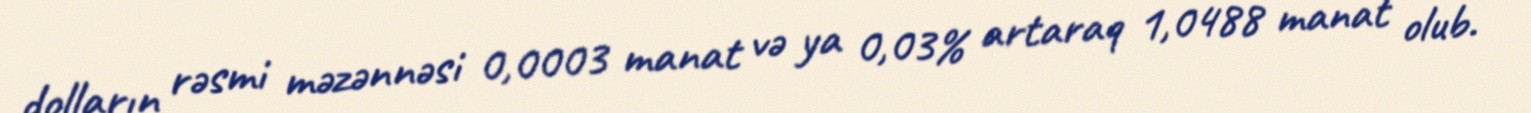
dolların rəsmi məzənnəsi 0,0003 manat və ya 0,03% artaraq 1,0488 manat olub.